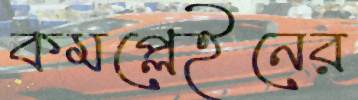
কমপ্লেইনের